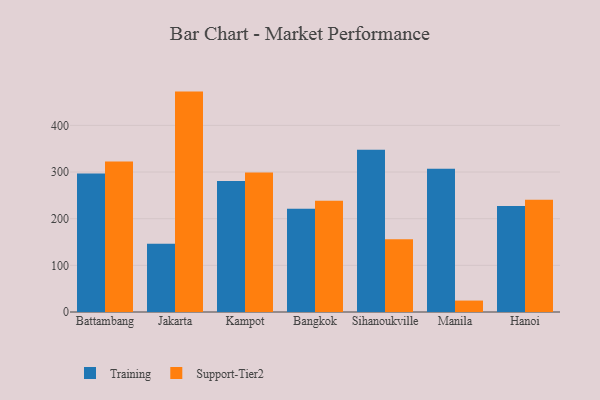
{"axis": {"x": "City", "y": "Budget (USD K)"}, "legend": ["Support-Tier2", "Training"], "data": [{"x": "Battambang", "y": 297.0, "type": "Training"}, {"x": "Battambang", "y": 322.4, "type": "Support-Tier2"}, {"x": "Jakarta", "y": 146.4, "type": "Training"}, {"x": "Jakarta", "y": 472.4, "type": "Support-Tier2"}, {"x": "Kampot", "y": 280.8, "type": "Training"}, {"x": "Kampot", "y": 299.1, "type": "Support-Tier2"}, {"x": "Bangkok", "y": 221.4, "type": "Training"}, {"x": "Bangkok", "y": 238.6, "type": "Support-Tier2"}, {"x": "Sihanoukville", "y": 347.5, "type": "Training"}, {"x": "Sihanoukville", "y": 155.9, "type": "Support-Tier2"}, {"x": "Manila", "y": 306.9, "type": "Training"}, {"x": "Manila", "y": 24.5, "type": "Support-Tier2"}, {"x": "Hanoi", "y": 227.4, "type": "Training"}, {"x": "Hanoi", "y": 240.6, "type": "Support-Tier2"}]}